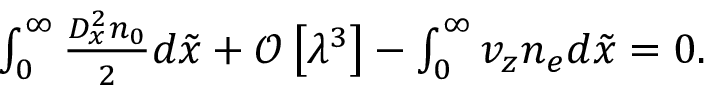
\begin{array} { r } { \int _ { 0 } ^ { \infty } \frac { D _ { x } ^ { 2 } n _ { 0 } } { 2 } d \tilde { x } + \mathcal { O } \left[ \lambda ^ { 3 } \right] - \int _ { 0 } ^ { \infty } v _ { z } n _ { e } d \tilde { x } = 0 . } \end{array}